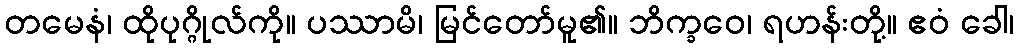
တမေနံ၊ ထိုပုဂ္ဂိုလ်ကို။ ပဿာမိ၊ မြင်တော်မူ၏။ ဘိက္ခဝေ၊ ရဟန်းတို့။ ဧဝံ ခေါ၊